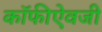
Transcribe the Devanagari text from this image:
कॉफीऐवजी